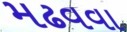
મઢવવા